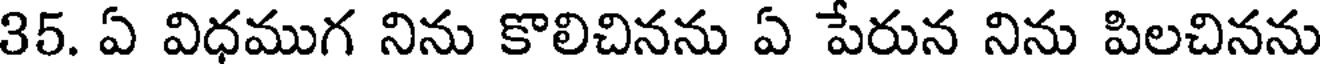
35. ఏ విధముగ నిను కొలిచినను ఏ పేరున నిను పిలచినను